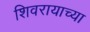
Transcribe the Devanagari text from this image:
शिवरायाच्या